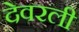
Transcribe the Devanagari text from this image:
देवरली